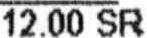
12.00 SR